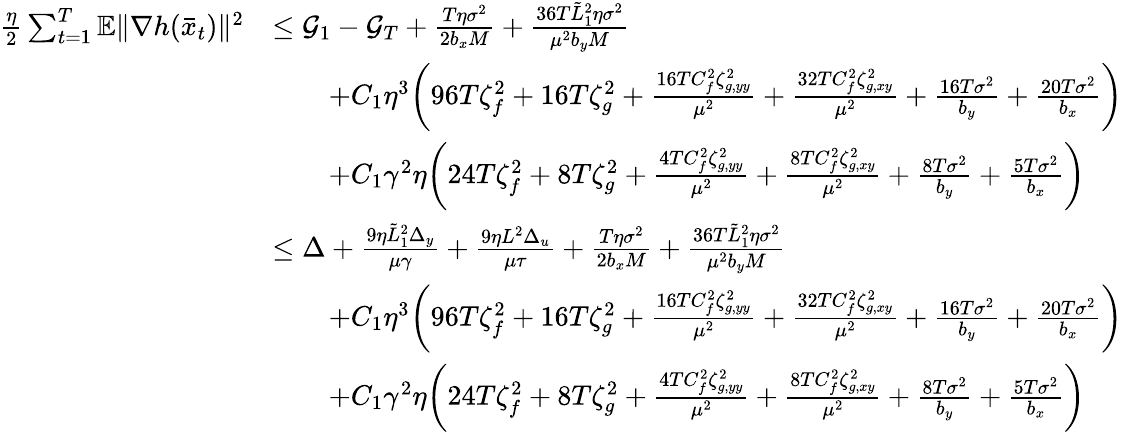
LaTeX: \begin{array}{rl}{\frac{\eta}{2}\sum_{t=1}^{T}\mathbb{E}\| \nabla h(\bar{x}_{t})\| ^{2}}&{\leq\mathcal{G}_{1}-\mathcal{G}_{T}+\frac{T\eta\sigma^{2}}{2b_{x}M}+\frac{36T\tilde{L}_{1}^{2}\eta\sigma^{2}}{\mu^{2}b_{y}M}}\\ &{\qquad+C_{1}\eta^{3}\bigg(96T\zeta_{f}^{2}+16T\zeta_{g}^{2}+\frac{16TC_{f}^{2}\zeta_{g,yy}^{2}}{\mu^{2}}+\frac{32TC_{f}^{2}\zeta_{g,xy}^{2}}{\mu^{2}}+\frac{16T\sigma^{2}}{b_{y}}+\frac{20T\sigma^{2}}{b_{x}}\bigg)}\\ &{\qquad+C_{1}\gamma^{2}\eta\bigg(24T\zeta_{f}^{2}+8T\zeta_{g}^{2}+\frac{4TC_{f}^{2}\zeta_{g,yy}^{2}}{\mu^{2}}+\frac{8TC_{f}^{2}\zeta_{g,xy}^{2}}{\mu^{2}}+\frac{8T\sigma^{2}}{b_{y}}+\frac{5T\sigma^{2}}{b_{x}}\bigg)}\\ &{\leq\Delta+\frac{9\eta\tilde{L}_{1}^{2}\Delta_{y}}{\mu\gamma}+\frac{9\eta L^{2}\Delta_{u}}{\mu\tau}+\frac{T\eta\sigma^{2}}{2b_{x}M}+\frac{36T\tilde{L}_{1}^{2}\eta\sigma^{2}}{\mu^{2}b_{y}M}}\\ &{\qquad+C_{1}\eta^{3}\bigg(96T\zeta_{f}^{2}+16T\zeta_{g}^{2}+\frac{16TC_{f}^{2}\zeta_{g,yy}^{2}}{\mu^{2}}+\frac{32TC_{f}^{2}\zeta_{g,xy}^{2}}{\mu^{2}}+\frac{16T\sigma^{2}}{b_{y}}+\frac{20T\sigma^{2}}{b_{x}}\bigg)}\\ &{\qquad+C_{1}\gamma^{2}\eta\bigg(24T\zeta_{f}^{2}+8T\zeta_{g}^{2}+\frac{4TC_{f}^{2}\zeta_{g,yy}^{2}}{\mu^{2}}+\frac{8TC_{f}^{2}\zeta_{g,xy}^{2}}{\mu^{2}}+\frac{8T\sigma^{2}}{b_{y}}+\frac{5T\sigma^{2}}{b_{x}}\bigg)}\end{array}